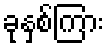
ခုနှစ်ကြား